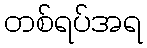
တစ်ရပ်အရ